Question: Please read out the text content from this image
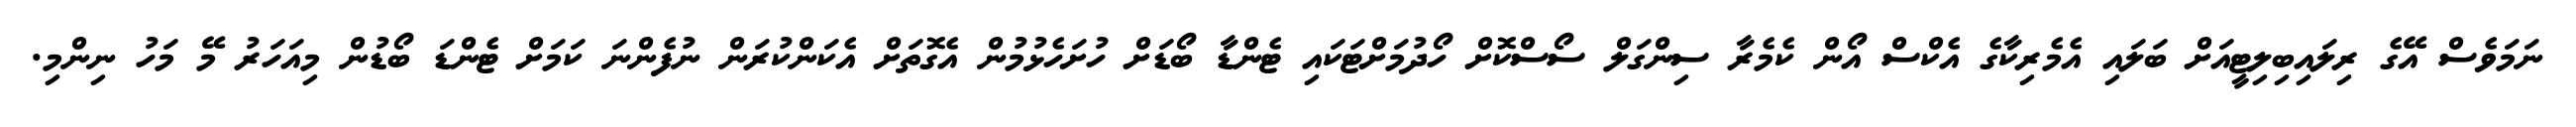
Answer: ނަމަވެސް އޭގެ ރިލައިބިލިޓީއަށް ބަލައި އެމެރިކާގެ އެކްސް އޯން ކެމެރާ ސިންގަލް ސޯސްކޮށް ހޯދުމަށްޓަކައި ޓެންޑާ ބޯޑަށް ހުށަހެޅުމުން އެގޮތަށް އެކަންކުރަން ނުފެންނަ ކަމަށް ޓެންޑަ ބޯޑުން މިއަހަރު މޭ މަހު ނިންމި.